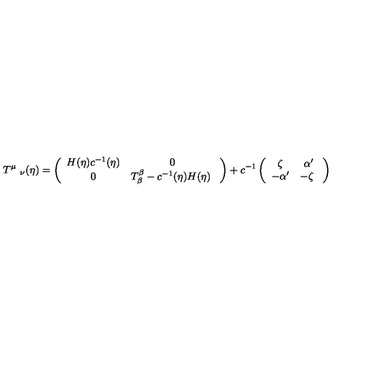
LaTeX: T ^ { \mu } \ _ { \nu } ( \eta ) = \left( \begin{array} { c c } { H ( \eta ) c ^ { - 1 } ( \eta ) } & { 0 } \\ { 0 } & { T _ { \beta } ^ { \beta } - c ^ { - 1 } ( \eta ) H ( \eta ) \ } \\ \end{array} \right) + c ^ { - 1 } \left( \begin{array} { c c } { \zeta } & { \alpha ^ { \prime } } \\ { - \alpha ^ { \prime } } & { - \zeta \ } \\ \end{array} \right)